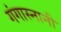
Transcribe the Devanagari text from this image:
गंगास्नानी